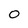
Character: 0